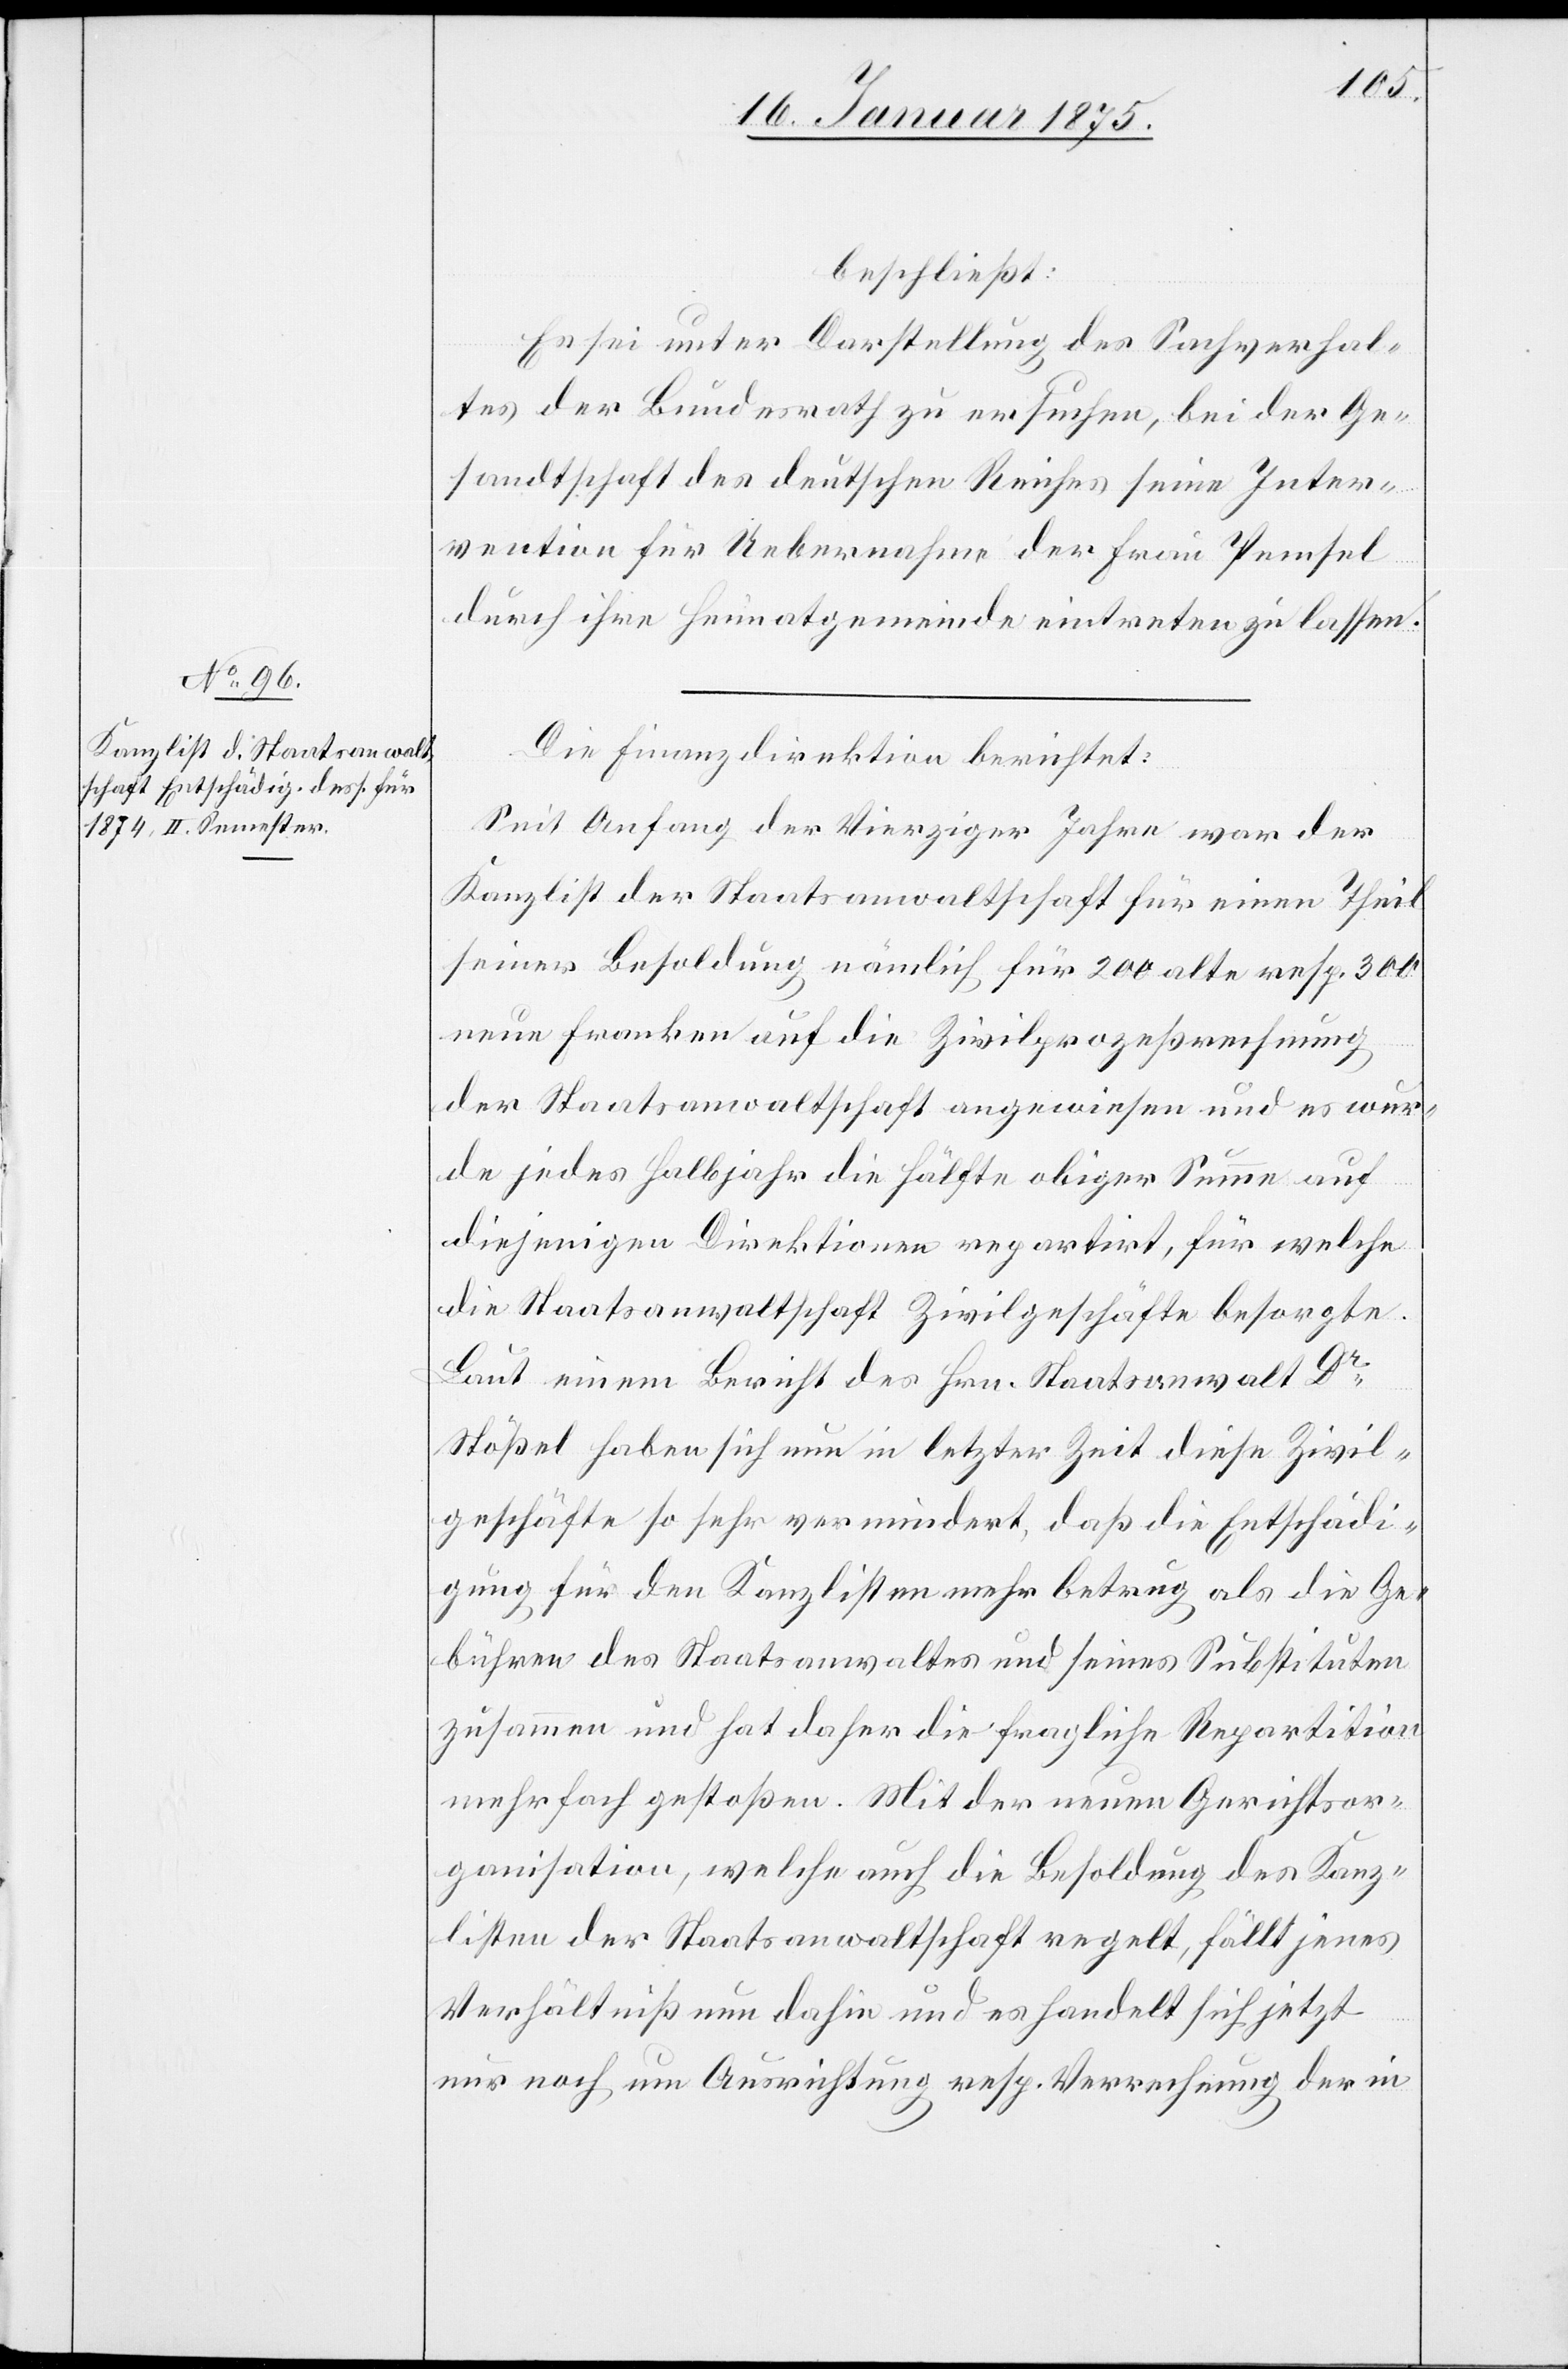
beschließt:
Es sei unter Darstellung des Sachverhal¬
tes der Bundesrath zu ersuchen, bei der Ge¬
sandtschaft des deutschen Reiches seine Inter¬
vention für Uebernahme der Frau Pemsel
durch ihre Heimatgemeinde eintreten zu lassen.
Die Finanzdirektion berichtet:
Seit Anfang der Vierziger Jahre war der
Kanzlist der Staatsanwaltschaft für einen Theil
seiner Besoldung nämlich für 200 alte resp. 300
neue Franken auf die Zivilprozeßrechnung
der Staatsanwaltschaft angewiesen und es wur¬
de jedes Halbjahr die Hälfte obiger Summe auf
diejenigen Direktionen repartirt, für welche
die Staatsanwaltschaft Zivilgeschäfte besorgte.
Laut einem Bericht des Hrn. Staatsanwalt Dr
Stößel haben sich nun in letzter Zeit diese Zivil¬
geschäfte so sehr vermindert, daß die Entschädi¬
gung für den Kanzlisten mehr betrug als die Ge¬
bühren des Staatsanwaltes und seines Substituten
zusammen und hat daher die fragliche Repartition
mehrfach gestoßen. Mit der neuen Gerichtsor¬
ganisation, welche auch die Besoldung der Kanz¬
listen der Staatsanwaltschaft regelt, fällt jenes
Verhältniß nun dahin und es handelt sich jetzt
nur noch um Ausrichtung resp. Verrechnung der in